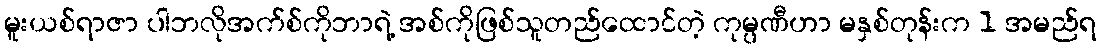
မူးယစ်ရာဇာ ပါဘလိုအက်စ်ကိုဘာရဲ့ အစ်ကိုဖြစ်သူတည်ထောင်တဲ့ ကုမ္ပဏီဟာ မနှစ်တုန်းက 1 အမည်ရ